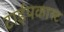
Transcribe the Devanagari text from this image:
टाईपकास्ट